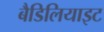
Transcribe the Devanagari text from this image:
बैडिलियाइट